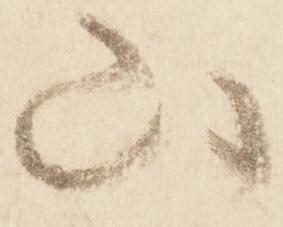
山